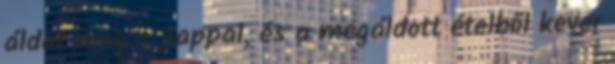
áldat meg a pappal, és a megáldott ételből kever